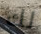
لك